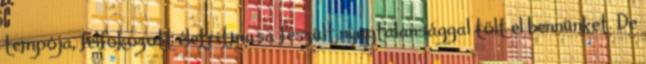
tempója, felfokozott életritmusa feszült nyugtalansággal tölt el bennünket. De